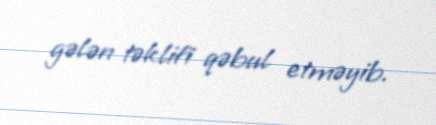
gələn təklifi qəbul etməyib.